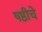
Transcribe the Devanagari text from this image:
षष्ठीचे